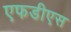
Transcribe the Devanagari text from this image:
एफडीएस